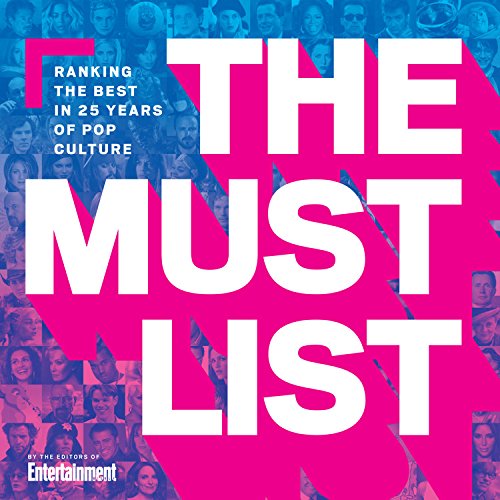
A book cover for The Must List: Ranking the Best in 25 Years of Pop Culture; The Editors of Entertainment Weekly; Humor & Entertainment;